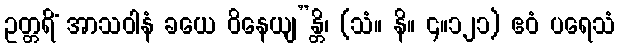
ဥတ္တရိံ အာသဝါနံ ခယေ ဝိနေယျ”န္တိ၊ (သံ။ နိ။ ၄။၁၂၁) ဧဝံ ပရေသံ